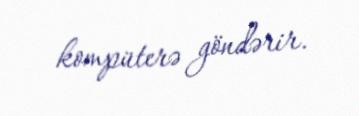
kompüterə göndərir.